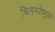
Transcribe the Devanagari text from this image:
विलगतेमुळे